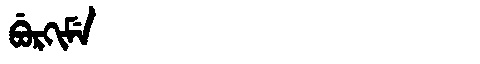
Manchu: ᠪᡠᡵᡴᡳᠮᡝ
Romanization: BURKIME